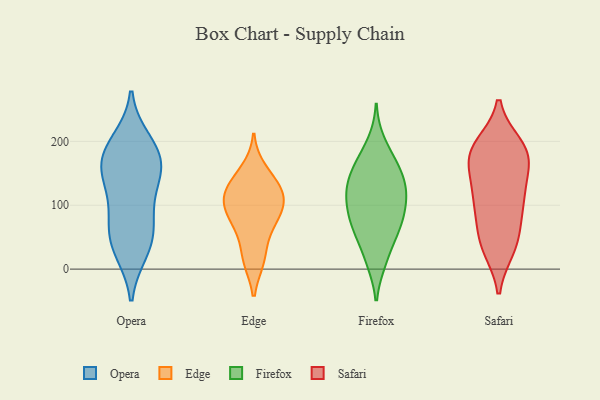
{"axis": {"x": "Production Output", "y": "Value"}, "legend": ["Edge", "Firefox", "Opera", "Safari"], "data": [{"x": "", "y": 156, "type": "Opera"}, {"x": "", "y": 79, "type": "Opera"}, {"x": "", "y": 30, "type": "Opera"}, {"x": "", "y": 131, "type": "Opera"}, {"x": "", "y": 184, "type": "Opera"}, {"x": "", "y": 84, "type": "Opera"}, {"x": "", "y": 166, "type": "Opera"}, {"x": "", "y": 199, "type": "Opera"}, {"x": "", "y": 181, "type": "Opera"}, {"x": "", "y": 39, "type": "Opera"}, {"x": "", "y": 46, "type": "Opera"}, {"x": "", "y": 145, "type": "Opera"}, {"x": "", "y": 133, "type": "Edge"}, {"x": "", "y": 133, "type": "Edge"}, {"x": "", "y": 60, "type": "Edge"}, {"x": "", "y": 89, "type": "Edge"}, {"x": "", "y": 155, "type": "Edge"}, {"x": "", "y": 70, "type": "Edge"}, {"x": "", "y": 15, "type": "Edge"}, {"x": "", "y": 110, "type": "Edge"}, {"x": "", "y": 107, "type": "Edge"}, {"x": "", "y": 116, "type": "Edge"}, {"x": "", "y": 93, "type": "Edge"}, {"x": "", "y": 15, "type": "Edge"}, {"x": "", "y": 15, "type": "Firefox"}, {"x": "", "y": 76, "type": "Firefox"}, {"x": "", "y": 197, "type": "Firefox"}, {"x": "", "y": 103, "type": "Firefox"}, {"x": "", "y": 154, "type": "Firefox"}, {"x": "", "y": 121, "type": "Firefox"}, {"x": "", "y": 172, "type": "Firefox"}, {"x": "", "y": 52, "type": "Firefox"}, {"x": "", "y": 127, "type": "Firefox"}, {"x": "", "y": 160, "type": "Firefox"}, {"x": "", "y": 152, "type": "Firefox"}, {"x": "", "y": 13, "type": "Firefox"}, {"x": "", "y": 106, "type": "Firefox"}, {"x": "", "y": 126, "type": "Firefox"}, {"x": "", "y": 70, "type": "Firefox"}, {"x": "", "y": 66, "type": "Firefox"}, {"x": "", "y": 70, "type": "Firefox"}, {"x": "", "y": 114, "type": "Firefox"}, {"x": "", "y": 115, "type": "Safari"}, {"x": "", "y": 165, "type": "Safari"}, {"x": "", "y": 59, "type": "Safari"}, {"x": "", "y": 181, "type": "Safari"}, {"x": "", "y": 177, "type": "Safari"}, {"x": "", "y": 162, "type": "Safari"}, {"x": "", "y": 39, "type": "Safari"}, {"x": "", "y": 186, "type": "Safari"}, {"x": "", "y": 103, "type": "Safari"}, {"x": "", "y": 109, "type": "Safari"}, {"x": "", "y": 33, "type": "Safari"}, {"x": "", "y": 191, "type": "Safari"}, {"x": "", "y": 129, "type": "Safari"}, {"x": "", "y": 90, "type": "Safari"}, {"x": "", "y": 193, "type": "Safari"}, {"x": "", "y": 37, "type": "Safari"}]}